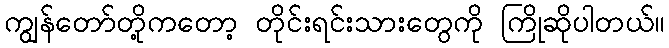
ကျွန်တော်တို့ကတော့ တိုင်းရင်းသားတွေကို ကြိုဆိုပါတယ်။